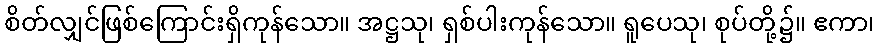
စိတ်လျှင်ဖြစ်ကြောင်းရှိကုန်သော။ အဋ္ဌသု၊ ရှစ်ပါးကုန်သော။ ရူပေသု၊ စုပ်တို့၌။ ဧကာ၊